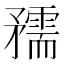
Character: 𥎘